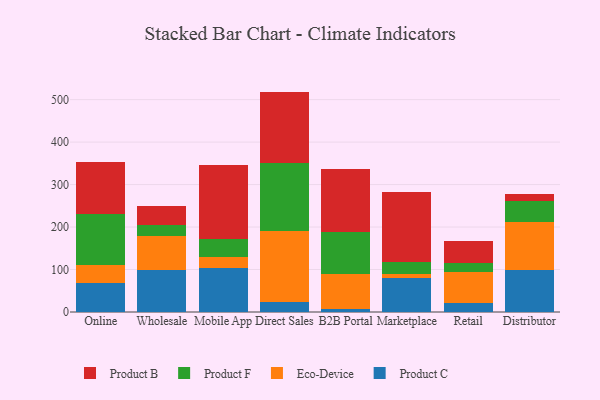
{"axis": {"x": "Channel", "y": "LTV (USD)"}, "legend": ["Eco-Device", "Product B", "Product C", "Product F"], "data": [{"x": "Online", "y": 68.1, "type": "Product C"}, {"x": "Online", "y": 43.1, "type": "Eco-Device"}, {"x": "Online", "y": 120.6, "type": "Product F"}, {"x": "Online", "y": 121.5, "type": "Product B"}, {"x": "Wholesale", "y": 99.7, "type": "Product C"}, {"x": "Wholesale", "y": 79.8, "type": "Eco-Device"}, {"x": "Wholesale", "y": 24.6, "type": "Product F"}, {"x": "Wholesale", "y": 46.2, "type": "Product B"}, {"x": "Mobile App", "y": 103.1, "type": "Product C"}, {"x": "Mobile App", "y": 25.9, "type": "Eco-Device"}, {"x": "Mobile App", "y": 41.9, "type": "Product F"}, {"x": "Mobile App", "y": 175.6, "type": "Product B"}, {"x": "Direct Sales", "y": 24.1, "type": "Product C"}, {"x": "Direct Sales", "y": 165.7, "type": "Eco-Device"}, {"x": "Direct Sales", "y": 160.0, "type": "Product F"}, {"x": "Direct Sales", "y": 169.1, "type": "Product B"}, {"x": "B2B Portal", "y": 6.5, "type": "Product C"}, {"x": "B2B Portal", "y": 83.7, "type": "Eco-Device"}, {"x": "B2B Portal", "y": 97.1, "type": "Product F"}, {"x": "B2B Portal", "y": 149.5, "type": "Product B"}, {"x": "Marketplace", "y": 80.7, "type": "Product C"}, {"x": "Marketplace", "y": 9.5, "type": "Eco-Device"}, {"x": "Marketplace", "y": 28.1, "type": "Product F"}, {"x": "Marketplace", "y": 165.1, "type": "Product B"}, {"x": "Retail", "y": 21.8, "type": "Product C"}, {"x": "Retail", "y": 73.0, "type": "Eco-Device"}, {"x": "Retail", "y": 20.9, "type": "Product F"}, {"x": "Retail", "y": 50.6, "type": "Product B"}, {"x": "Distributor", "y": 98.4, "type": "Product C"}, {"x": "Distributor", "y": 113.7, "type": "Eco-Device"}, {"x": "Distributor", "y": 48.9, "type": "Product F"}, {"x": "Distributor", "y": 16.8, "type": "Product B"}]}